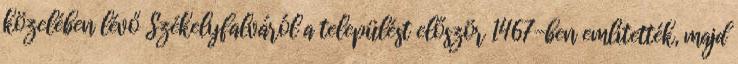
közelében lévő Székelyfalváról a települést először 1467-ben említették, majd